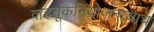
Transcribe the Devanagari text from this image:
वाहतूकनियोजनाचाच